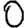
Digit: 0